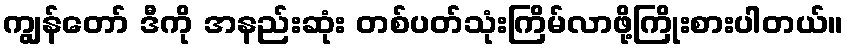
ကျွန်တော် ဒီကို အနည်းဆုံး တစ်ပတ်သုံးကြိမ်လာဖို့ကြိုးစားပါတယ်။